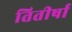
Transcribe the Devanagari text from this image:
तितीर्षा